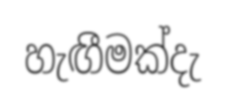
හැඟීමක්දැ